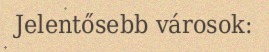
Jelentősebb városok: